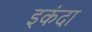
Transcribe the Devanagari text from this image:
इकंदा